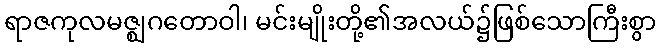
ရာဇကုလမဇ္ဈဂတောဝါ၊ မင်းမျိုးတို့၏အလယ်၌ဖြစ်သောကြီးစွာ